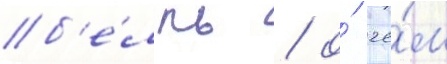
б'е́лль / о́ че́м